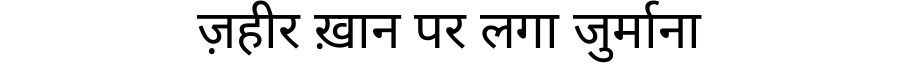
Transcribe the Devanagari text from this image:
ज़हीर ख़ान पर लगा जुर्माना